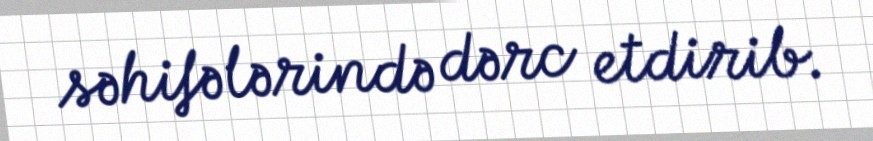
səhifələrində dərc etdirib.